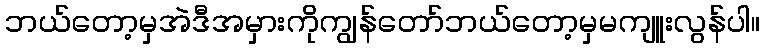
ဘယ်တော့မှအဲဒီအမှားကိုကျွန်တော်ဘယ်တော့မှမကျူးလွန်ပါ။